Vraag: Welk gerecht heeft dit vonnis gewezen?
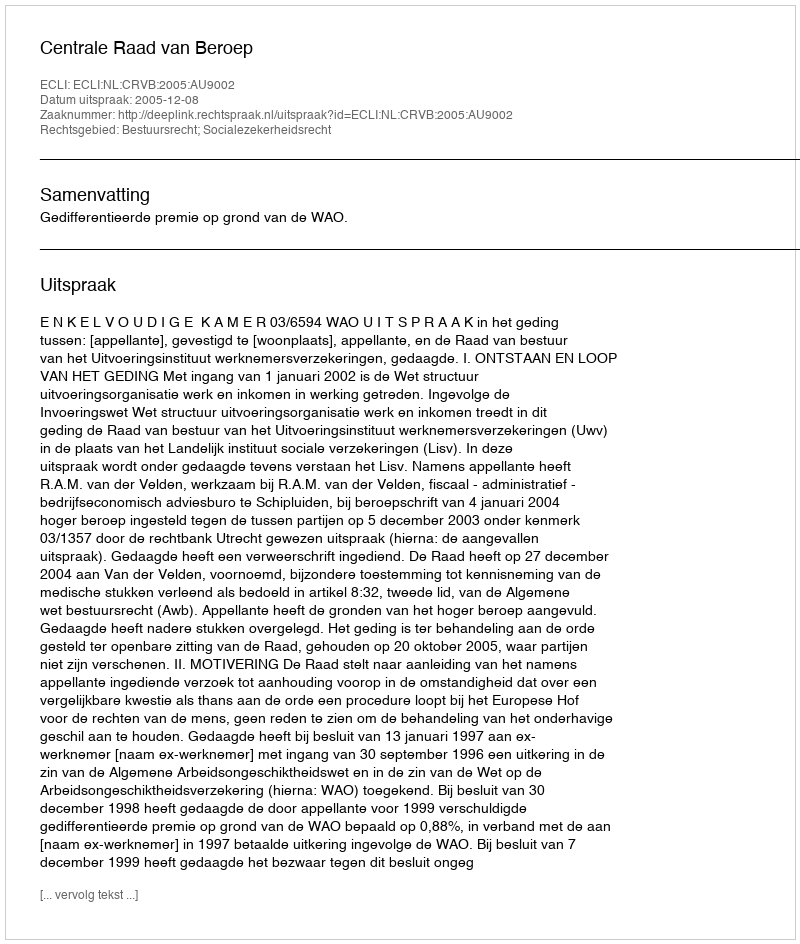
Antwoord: Centrale Raad van Beroep